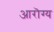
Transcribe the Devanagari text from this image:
आरॊग्य